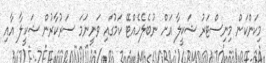
މިކަންކަން މިނިސްޓަރު ޝަކީލާ އަށް ނުބެލެހެއްޓޭ ކަމުގައި ވަނީނަމަ ސަރުކާރުން ޝަކީލާ އާއި